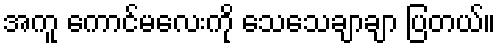
အကူ ကောင်မလေးကို သေသေချာချာ ပြတယ်။